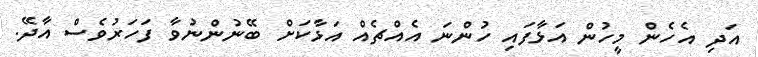
އަދި އެހެން މީހުން އަޅާފައި ހުންނަ އެއްޗެއް އަޅާކަށް ބޭނުންނުވާ ފަހަރުވެސް އާދޭ.